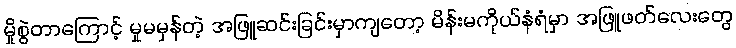
မှိုစွဲတာကြောင့် မှုမမှန်တဲ့ အဖြူဆင်းခြင်းမှာကျတော့ မိန်းမကိုယ်နံရံမှာ အဖြူဖတ်လေးတွေ